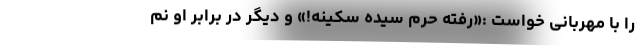
را با مهربانی خواست :«رفته حرم سیده سکینه!» و دیگر در برابر او نم